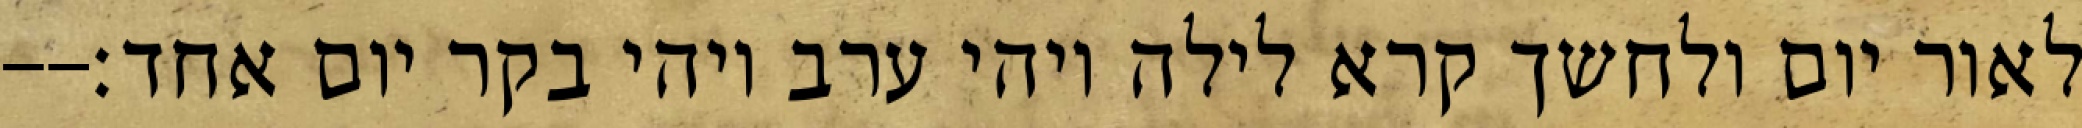
לאור יום ולחשך קרא לילה ויהי ערב ויהי בקר יום אחד׃--